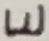
Text: E